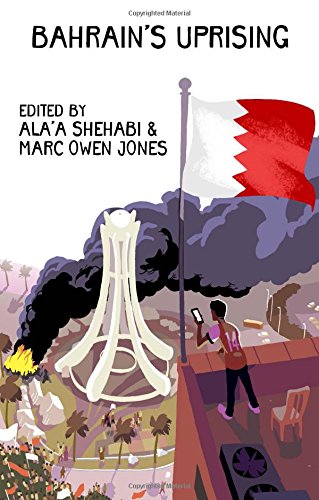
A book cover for Bahrain's Uprising; History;